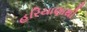
હરિયાણાથી